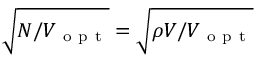
\sqrt { N / V _ { \mathrm { ~ o ~ p ~ t ~ } } } = \sqrt { \rho V / V _ { \mathrm { ~ o ~ p ~ t ~ } } }